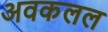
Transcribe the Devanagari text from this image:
अवकलल